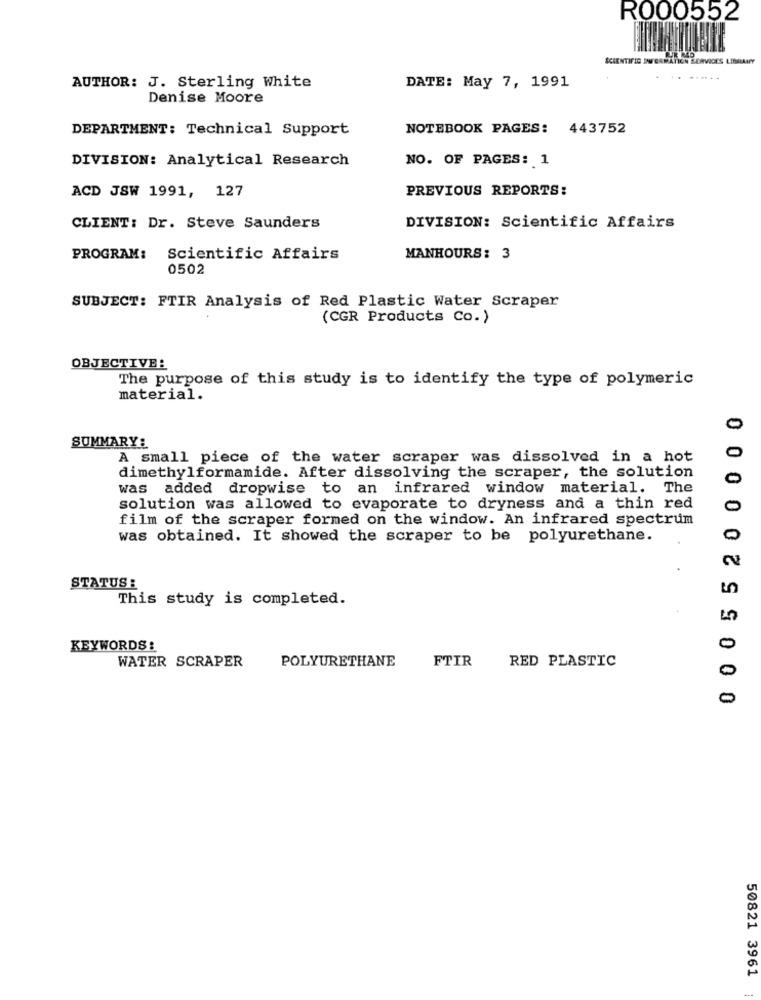
R000552
SCIENTIFIC DWG
ZORVICES LIBRARY
AUTHOR: J. Sterling White
DATE: May 7, 1991
Denise Moore
DEPARTMENT: Technical Support
NOTEBOOK PAGES: 443752
DIVISION: Analytical Research
NO. OF PAGES: 1
PREVIOUS REPORTS:
ACD JSW 1991, 127
CLIENT: Dr. Steve Saunders
DIVISION: Scientific Affairs
PROGRAM:
Scientific Affairs
MANHOURS: 3
0502
SUBJECT: FTIR Analysis of Red Plastic Water Scraper
(CGR Products Co.)
OBJECTIVE:
The purpose of this study is to identify the type of polymeric
material.
0
SUMMARY:
0
A small piece of the water scraper was dissolved in a hot
dimethylformamide. After dissolving the scraper, the solution
0
was added dropwise to an infrared window material. The
solution was allowed to evaporate to dryness and a thin red
0
film of the scraper formed on the window. An infrared spectrum
was obtained. It showed the scraper to be polyurethane.
0
2
STATUS :
5
This study is completed.
KEYWORDS:
0
WATER SCRAPER
POLYURETHANE
FTIR
RED PLASTIC
0
0
50821 3961